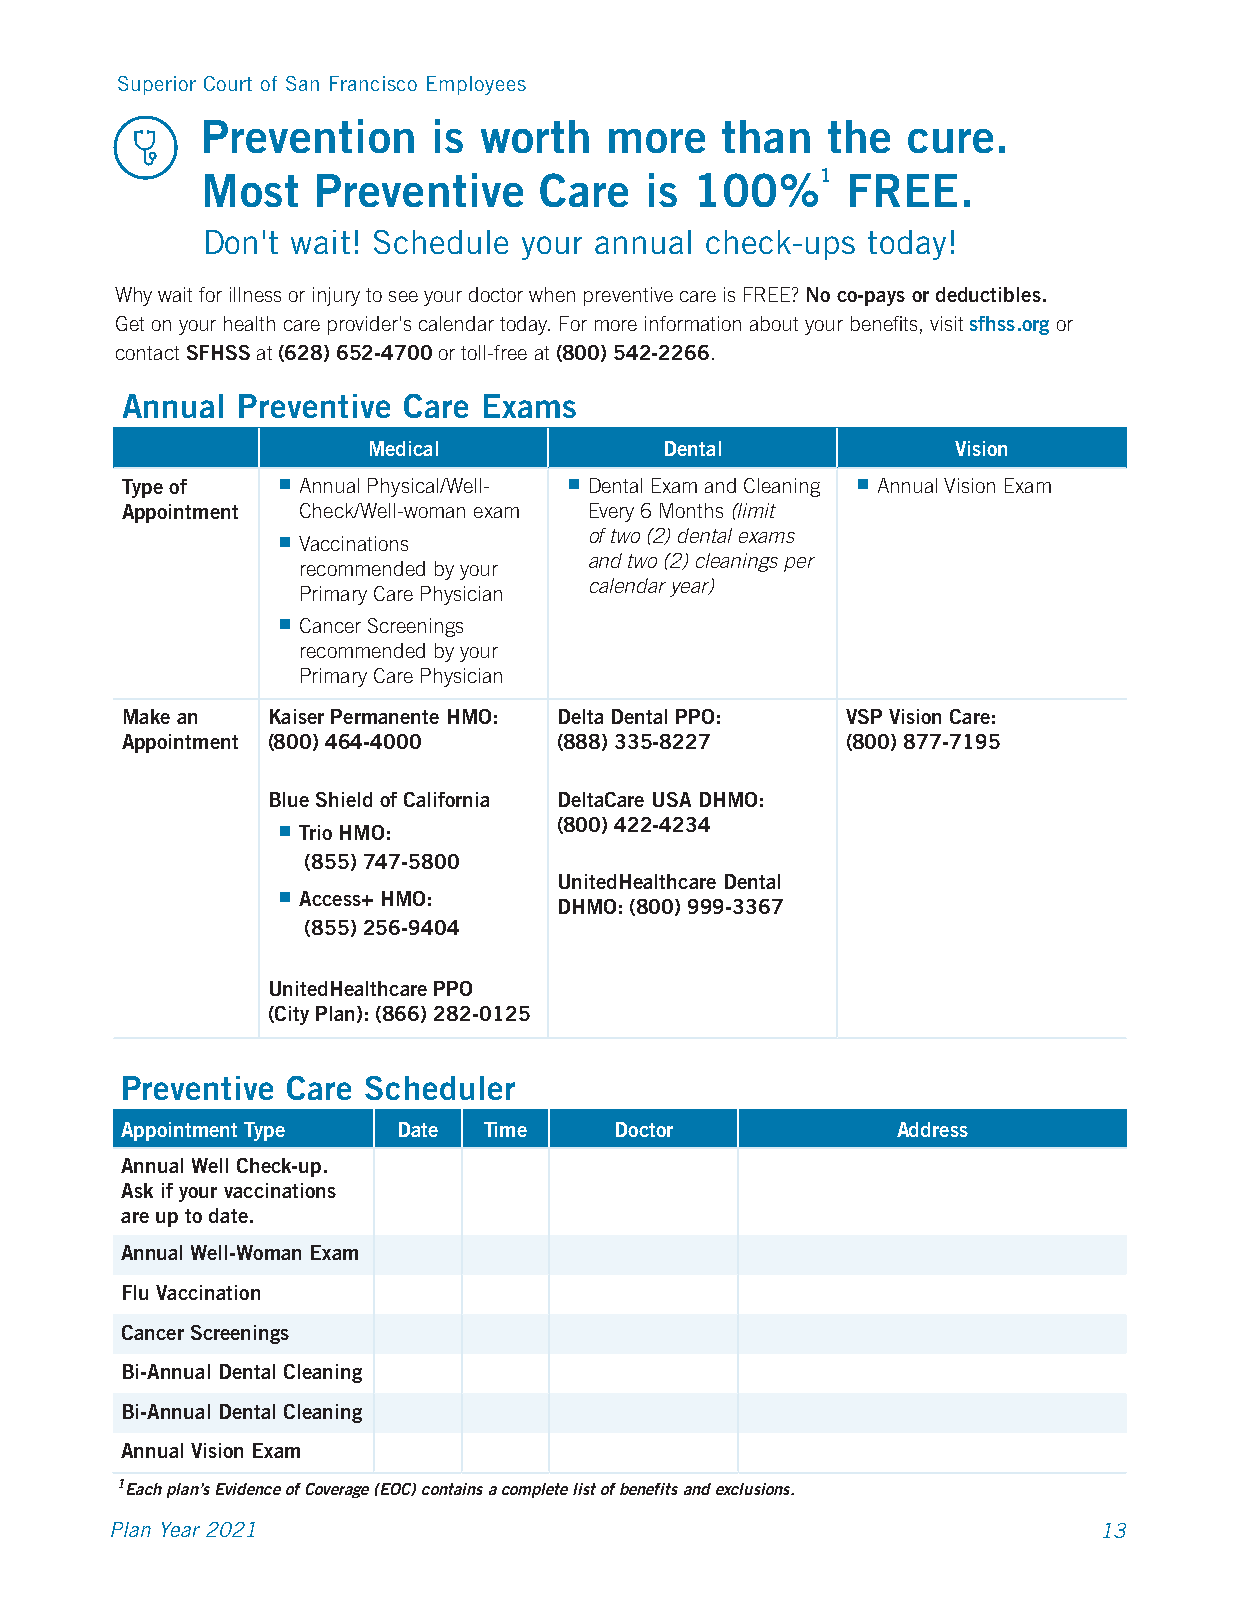
Superior Court of San Francisco Employees
 Prevention      is worth   more    than   the  cure.
 Most    Preventive     Care   is 100%1     FREE.
 Don't wait! Schedule  your annual check-ups today!
 Why wait for illness or injury to see your doctor when preventive care is FREE? No co-pays or deductibles.
 Get on your health care provider's calendar today. For more information about your benefits, visit sfhss.org or
 contact SFHSS at (628) 652-4700 or toll-free at (800) 542-2266.
 Annual  Preventive Care Exams
 Medical             Dental             Vision
 Type of    Annual Physical/Well-  Dental Exam and Cleaning  Annual Vision Exam
 Appointment Check/Well-woman exam Every 6 Months (limit
  Vaccinations       of two (2) dental exams
 and two (2) cleanings per
 recommended by your
 calendar year)
 Primary Care Physician
  Cancer Screenings
 recommended by your
 Primary Care Physician
 Make an   Kaiser Permanente HMO: Delta Dental PPO: VSP Vision Care:
 Appointment (800) 464-4000   (888) 335-8227     (800) 877-7195
 Blue Shield of California DeltaCare USA DHMO:
  Trio HMO:        (800) 422-4234
 (855) 747-5800
 UnitedHealthcare Dental
  Access+ HMO:
 DHMO: (800) 999-3367
 (855) 256-9404
 UnitedHealthcare PPO
 (City Plan): (866) 282-0125
 Preventive Care Scheduler
 Appointment Type  Date  Time     Doctor            Address
 Annual Well Check-up.
 Ask if your vaccinations
 are up to date.
 Annual Well-Woman Exam
 Flu Vaccination
 Cancer Screenings
 Bi-Annual Dental Cleaning
 Bi-Annual Dental Cleaning
 Annual Vision Exam
 1Each plan’s Evidence of Coverage (EOC) contains a complete list of benefits and exclusions.
 Plan Year 2021                                                    13